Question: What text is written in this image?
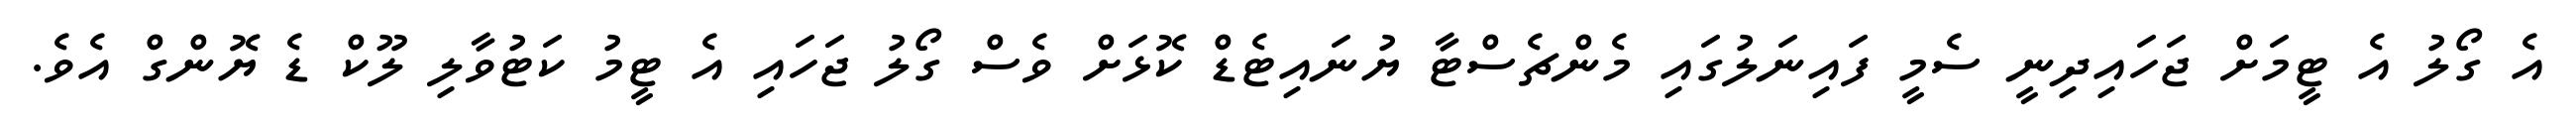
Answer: އެ ގޯލު އެ ޓީމަށް ޖަހައިދިނީ ސެމީ ފައިނަލުގައި މެންޗެސްޓާ ޔުނައިޓެޑް ކޮޅަށް ވެސް ގޯލު ޖަހައި އެ ޓީމު ކަޓުވާލި ލޫކް ޑެ ޔޮންގް އެވެ.